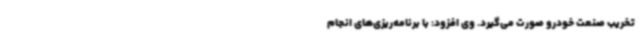
تخریب صنعت خودرو صورت می‌گیرد. وی افزود: با برنامه‌ریزی‌های انجام